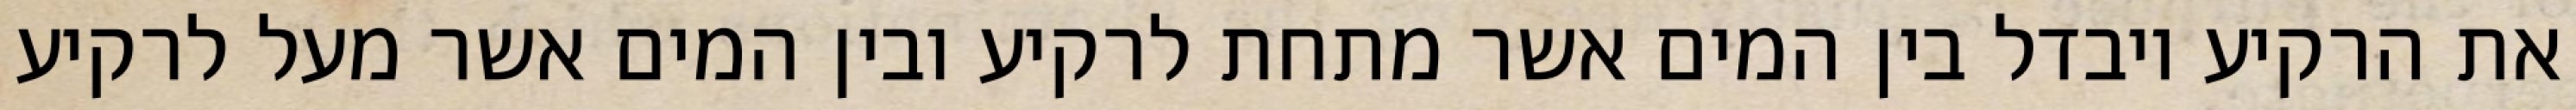
את הרקיע ויבדל בין המים אשר מתחת לרקיע ובין המים אשר מעל לרקיע